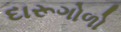
દારૂગોળો